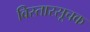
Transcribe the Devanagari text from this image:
विस्तारसूचक